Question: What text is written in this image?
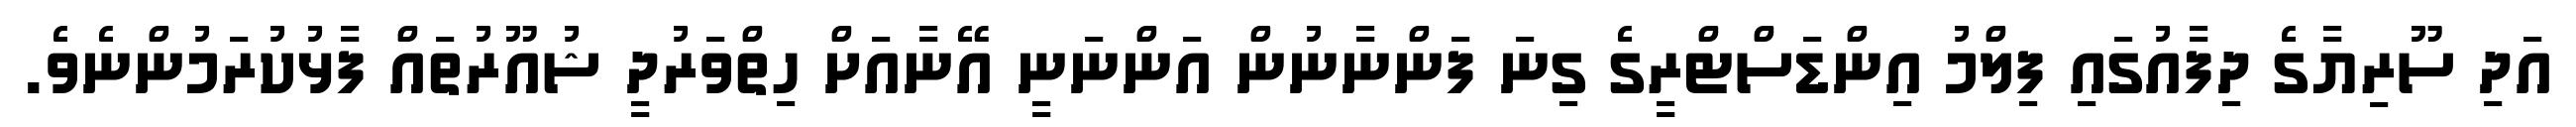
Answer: އަދި ސޫރިޔާގެ ދިފާއުގައި ފިލްމު އިންޑަސްޓްރީގެ ގިނަ ފަންނާނުން އަންނަނީ އޭނާއަށް ހިތްވަރުދީ ޝުއޫރުތައް ފާޅުކުރަމުންނެވެ.